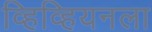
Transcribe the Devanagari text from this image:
व्हिव्हियनला